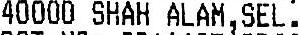
40000 SHAH ALAM, SEL.